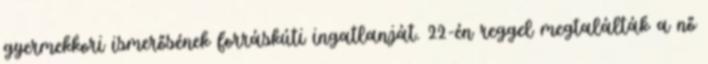
gyermekkori ismerősének forráskúti ingatlanját. 22-én reggel megtalálták a nő